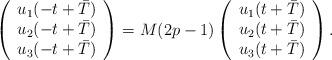
LaTeX: \begin{align*}\left(\begin{array}{c}u_1(-t+\bar{T}) \\u_2(-t+\bar{T}) \\u_3(-t+\bar{T}) \end{array}\right)=M(2p-1)\left(\begin{array}{c}u_1(t+\bar{T}) \\u_2(t+\bar{T}) \\u_3(t+\bar{T})\end{array}\right).\end{align*}